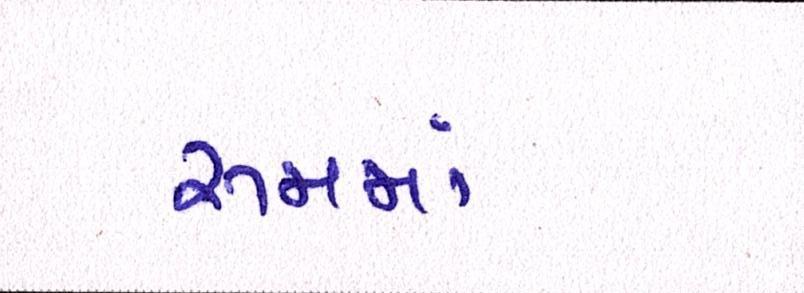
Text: રૂમમાં